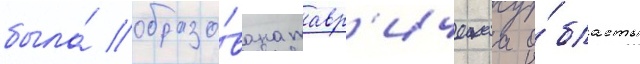
была́ образо́вана тавр'ическаа о́бласть